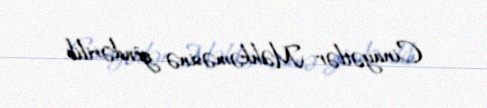
Cinayətlər Məhkəməsinə göndərilib.